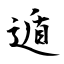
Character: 遁